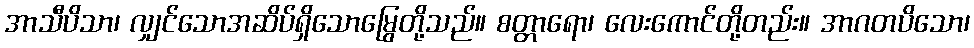
အာသီပိသာ၊ လျှင်သောအဆိပ်ရှိသောမြွေတို့သည်။ စတ္တာရော၊ လေးကောင်တို့တည်း။ အာဂတပိသော၊